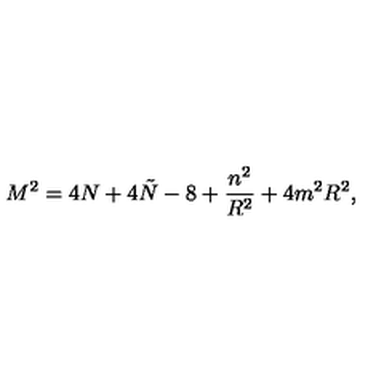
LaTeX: M ^ { 2 } = 4 N + 4 \tilde { N } - 8 + \frac { n ^ { 2 } } { R ^ { 2 } } + 4 m ^ { 2 } R ^ { 2 } ,